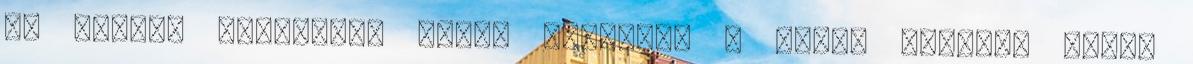
az összes berendelt orvos bejönni, a vihar elvágta őket,